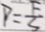
P = \frac { F } { S }